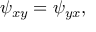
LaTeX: \psi _ { x y } = \psi _ { y x } ,